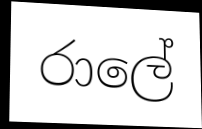
රාලේ